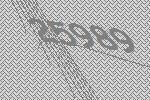
25989